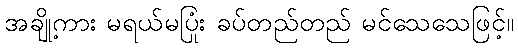
အချို့ကား မရယ်မပြုံး ခပ်တည်တည် မင်သေသေဖြင့်။